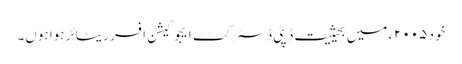
خود ۲۰۰۵ء میں بحیثیت ڈپٹی ڈسٹرکٹ ایجوکیشن افسر ریٹائر ہوا ہوں۔